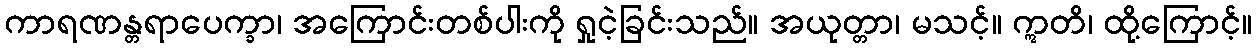
ကာရဏန္တရာပေက္ခာ၊ အကြောင်းတစ်ပါးကို ရှုငဲ့ခြင်းသည်။ အယုတ္တာ၊ မသင့်။ ဣတိ၊ ထို့ကြောင့်။